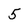
Character: 5